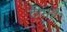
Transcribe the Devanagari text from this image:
टीमहै